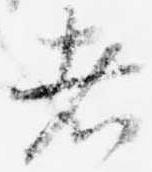
者